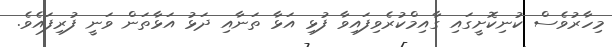
މިހާރުވެސް ކުނިކޮށީގައި ގާއިމްކުރެވިފައިވާ ފުޅި އަޅާ ތަނާއި ދަޅު އަޅާތަން ވަނީ ފުރިފައެވެ.